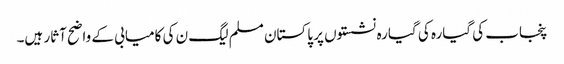
پنجاب کی گیارہ کی گیارہ نشستوں پر پاکستان مسلم لیگ ن کی کامیابی کے واضح آثار ہیں۔